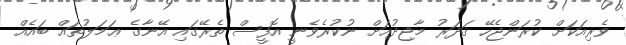
ވެރިއަކަށް ކުރަންޖެހޭ ޤަދަރު މާޖިދުއަށް ނުކުރެވެނީ އޮފީސް ތެރޭގައި އޭނާގެ ޢަމަލުތައް ބައެއް